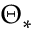
\Theta _ { \ast }